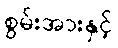
စွမ်းအားနှင့်